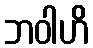
ဘဝါဟိ